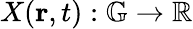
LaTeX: X(\mathbf{r},t):\mathbb{G}\rightarrow\mathbb{R}